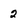
Character: 2